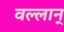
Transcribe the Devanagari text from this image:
वल्लान्